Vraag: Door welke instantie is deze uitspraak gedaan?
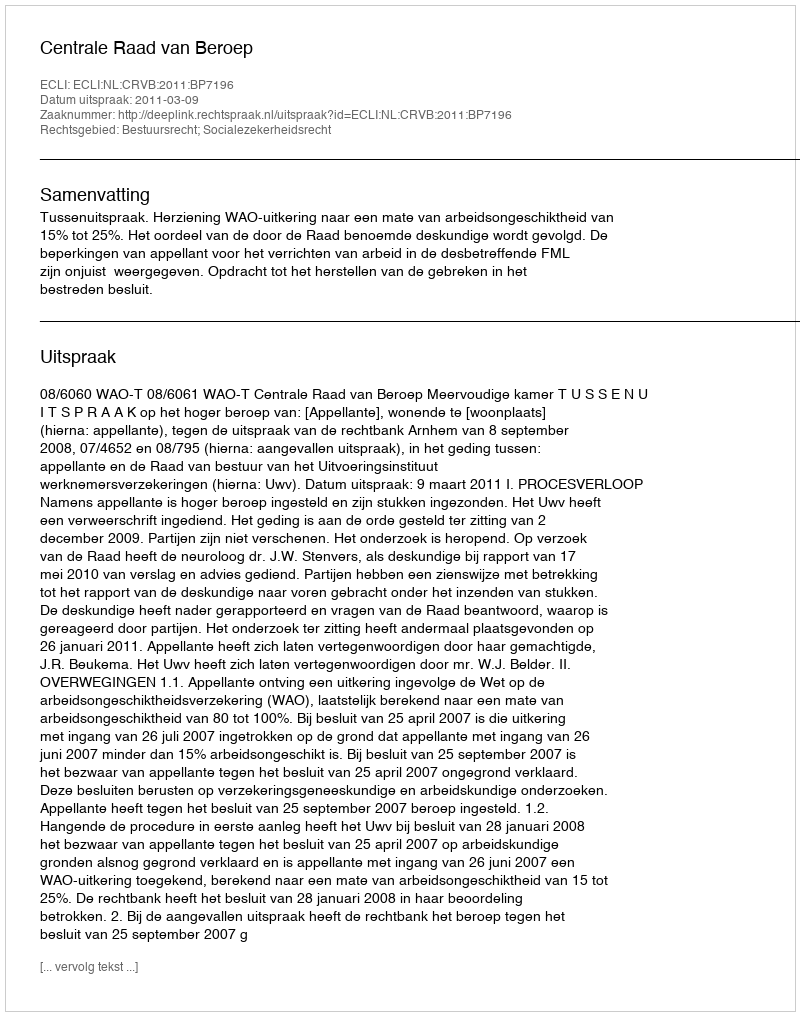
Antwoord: Centrale Raad van Beroep